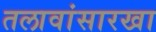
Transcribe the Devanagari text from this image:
तलावांसारखा